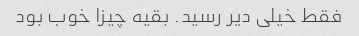
فقط خیلی دیر رسید. بقیه چیزا خوب بود